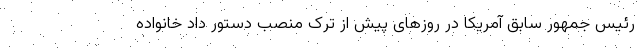
رئیس جمهور سابق آمریکا در روزهای پیش از ترک منصب دستور داد خانواده